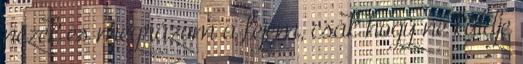
nézek és megrázom a fejem, csak hogy ne küldje